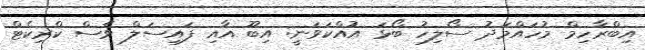
އިބްރާހިމް މުހައްމަދު ސޯލިހު ބޯޅަ އުއްކަވަނީ: އިބޫ އާއި ފައިސަލް ވެސް ކްރިކެޓް